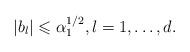
LaTeX: \begin{align*}\vert b_l\vert \leqslant\alpha _1^{1/2},l=1,\dots ,d.\end{align*}